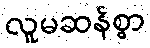
လူမဆန်စွာ